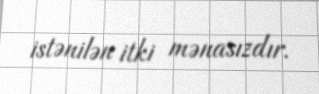
istənilən itki mənasızdır.